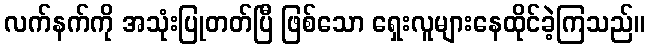
လက်နက်ကို အသုံးပြုတတ်ပြီ ဖြစ်သော ရှေးလူများနေထိုင်ခဲ့ကြသည်။